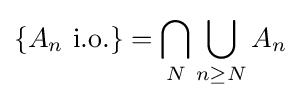
\{A_{n}{\text{ i.o.}}\}=\bigcap _{N}\bigcup _{n\geq N}A_{n}